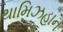
થામિઝહાન